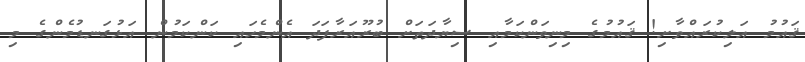
ޤައުމު އަލިކުރައްވާށި! ޤައުމުގެ މިނިވަންކަމާއި ސިޔާދަތަށް ބުރޫއަރާފަދަ އެންމެހައި ކަންކަމުން އަޅުގަނޑުމެންގެ މި